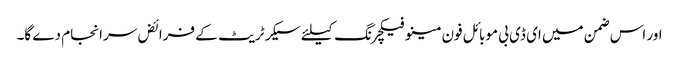
اور اس ضمن میں ای ڈی بی موبائل فون مینو فیکچرنگ کیلئے سیکرٹریٹ کے فرائض سرانجام دے گا۔